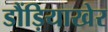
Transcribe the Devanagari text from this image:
डौंड़ियाखेर